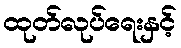
ထုတ်လုပ်ရေးနှင့်